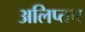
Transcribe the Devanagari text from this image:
अलिप्तच